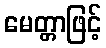
မေတ္တာဖြင့်